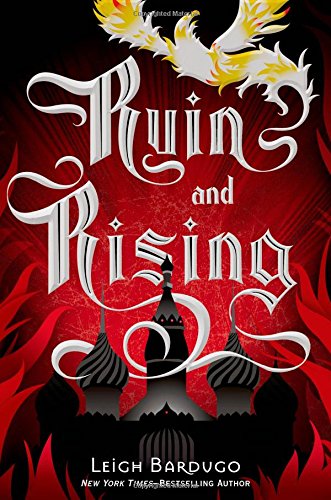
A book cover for Ruin and Rising (The Grisha Trilogy); Leigh Bardugo; Teen & Young Adult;